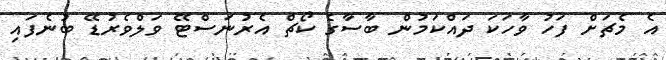
އެ މެޗަށް ފަހު ވާހަކަ ދައްކަމުން ބާސާގެ ކޯޗް އެރުނަސްޓޭ ވަލްވެރުޑޭ ބުނެފައި